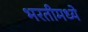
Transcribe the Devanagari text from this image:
भरतीमध्ये